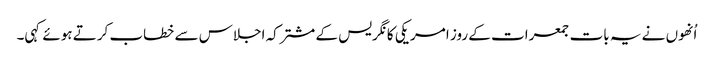
اُنھوں نے یہ بات جمعرات کے روز امریکی کانگریس کے مشترکہ اجلاس سے خطاب کرتے ہوئے کہی۔